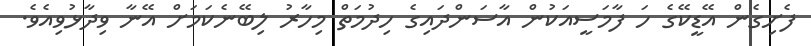
ފެށިގެން އޭޑީކޭގެ ހަ ފާމަސީއަކުން އާސަންދައިގެ ހިދުމަތް މިހާރު ލިބޭނެކަމަށް އޭނާ ވިދާޅުވިއެވެ.